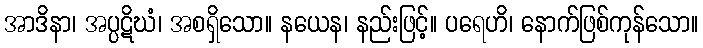
အာဒိနာ၊ အပ္ပဋိဃံ၊ အစရှိသော။ နယေန၊ နည်းဖြင့်။ ပရေဟိ၊ နောက်ဖြစ်ကုန်သော။